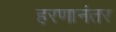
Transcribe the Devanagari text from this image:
हरणानंतर